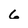
Character: 6